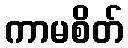
ကာမစိတ်